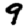
Digit: 9